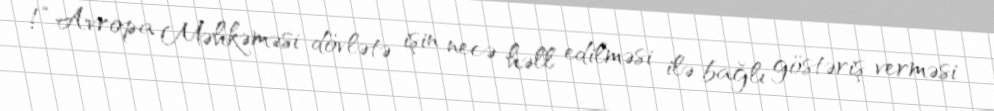
!“Avropa Məhkəməsi dövlətə işin necə həll edilməsi ilə bağlı göstəriş verməsi